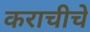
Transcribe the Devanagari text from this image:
कराचीचे